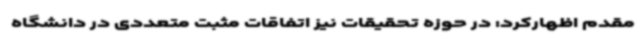
مقدم اظهارکرد: در حوزه تحقیقات نیز اتفاقات مثبت متعددی در دانشگاه